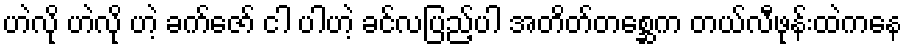
ဟဲလို ဟဲလို ဟဲ့ ခက်ဇော် ငါ ပါဟဲ့ ခင်လပြည့်ပါ အတိတ်တစ္ဆေက တယ်လီဖုန်းထဲကနေ